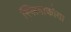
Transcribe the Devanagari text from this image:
स्लिवाकोया